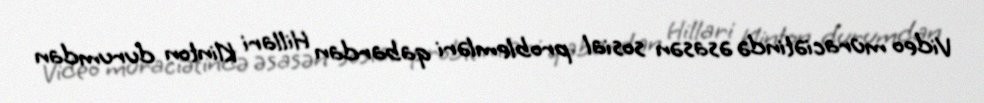
Video müraciətində əsasən sosial problemləri qabardan Hillari Klinton durumdan